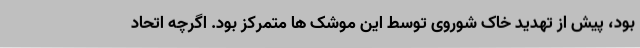
بود، پیش از تهدید خاک شوروی توسط این موشک ها متمرکز بود. اگرچه اتحاد